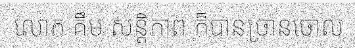
លោក គឹម សន្តិភាព ក៏បានច្រានចោល